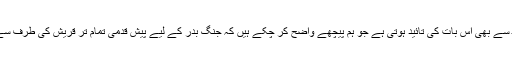
ان الفاظ سے بھی اس بات کی تائید ہوتی ہے جو ہم پیچھے واضح کر چکے ہیں کہ جنگ بدر کے لیے پیش قدمی تمام تر قریش کی طرف سے ہوئی۔